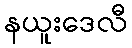
နယူးဒေလီ